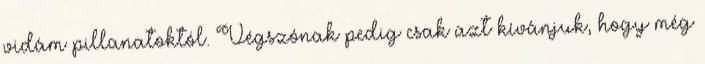
vidám pillanatoktól. Végszónak pedig csak azt kívánjuk, hogy még